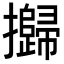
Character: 𢹾